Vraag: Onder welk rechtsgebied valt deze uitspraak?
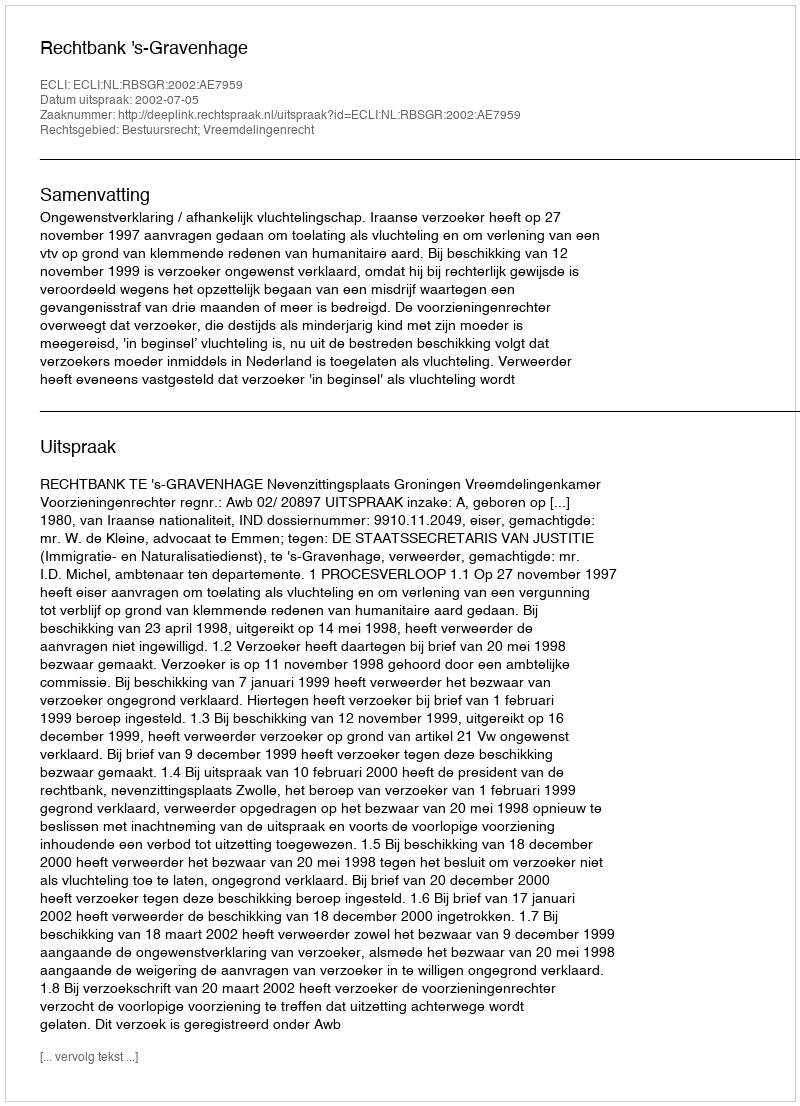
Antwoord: Bestuursrecht; Vreemdelingenrecht